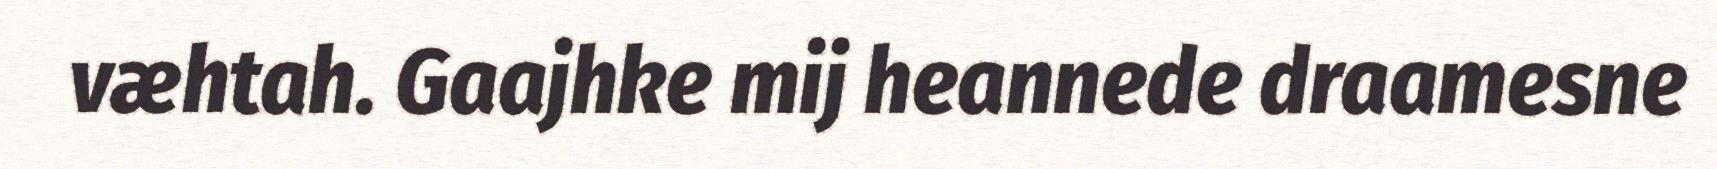
væhtah. Gaajhke mij heannede draamesne